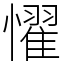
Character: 𢣷